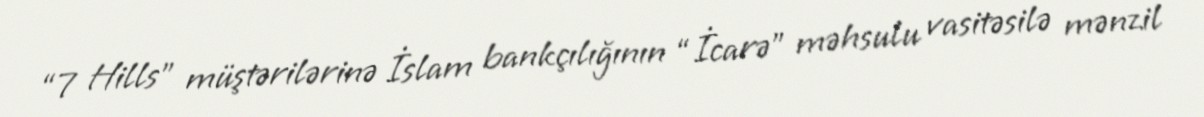
“7 Hills” müştərilərinə İslam bankçılığının “İcarə” məhsulu vasitəsilə mənzil